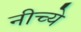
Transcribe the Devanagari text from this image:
नीच्ये